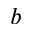
b